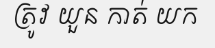
ត្រូវ យួន កាត់ យក